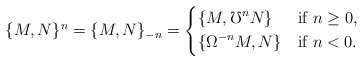
\begin{align*}\{M,N\}^n = \{M,N\}_{-n} =\begin{dcases*}\{M,\mho^nN\} & if $n\geq0$, \\\{\Omega^{-n}M,N\} & if $n<0$.\end{dcases*}\end{align*}